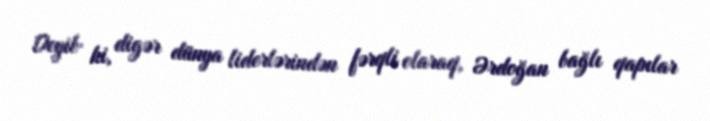
Deyib ki, digər dünya liderlərindən fərqli olaraq, Ərdoğan bağlı qapılar